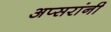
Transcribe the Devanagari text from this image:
अप्सरांनी